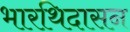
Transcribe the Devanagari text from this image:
भारथिदासन